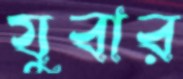
যুবার